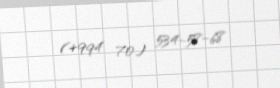
(+994 70) 534-58-68